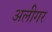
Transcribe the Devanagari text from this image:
अलीगर